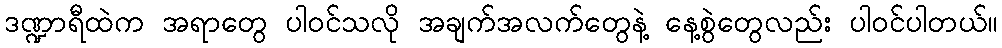
ဒဏ္ဍာရီထဲက အရာတွေ ပါဝင်သလို အချက်အလက်တွေနဲ့ နေ့စွဲတွေလည်း ပါဝင်ပါတယ်။